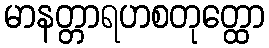
မာနတ္တာရဟစတုတ္ထော